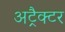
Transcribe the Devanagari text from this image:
अट्रैक्टर